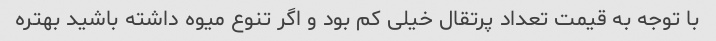
با توجه به قیمت تعداد پرتقال خیلی کم بود و اگر تنوع میوه داشته باشید بهتره